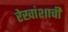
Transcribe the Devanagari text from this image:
रेखांशाची